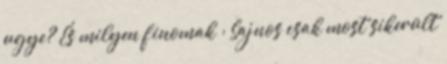
ugye? És milyen finomak : Sajnos csak most sikerült